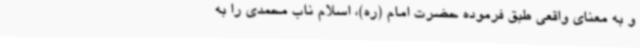
و به معنای واقعی طبق فرموده حضرت امام (ره)، اسلام ناب محمدی را به